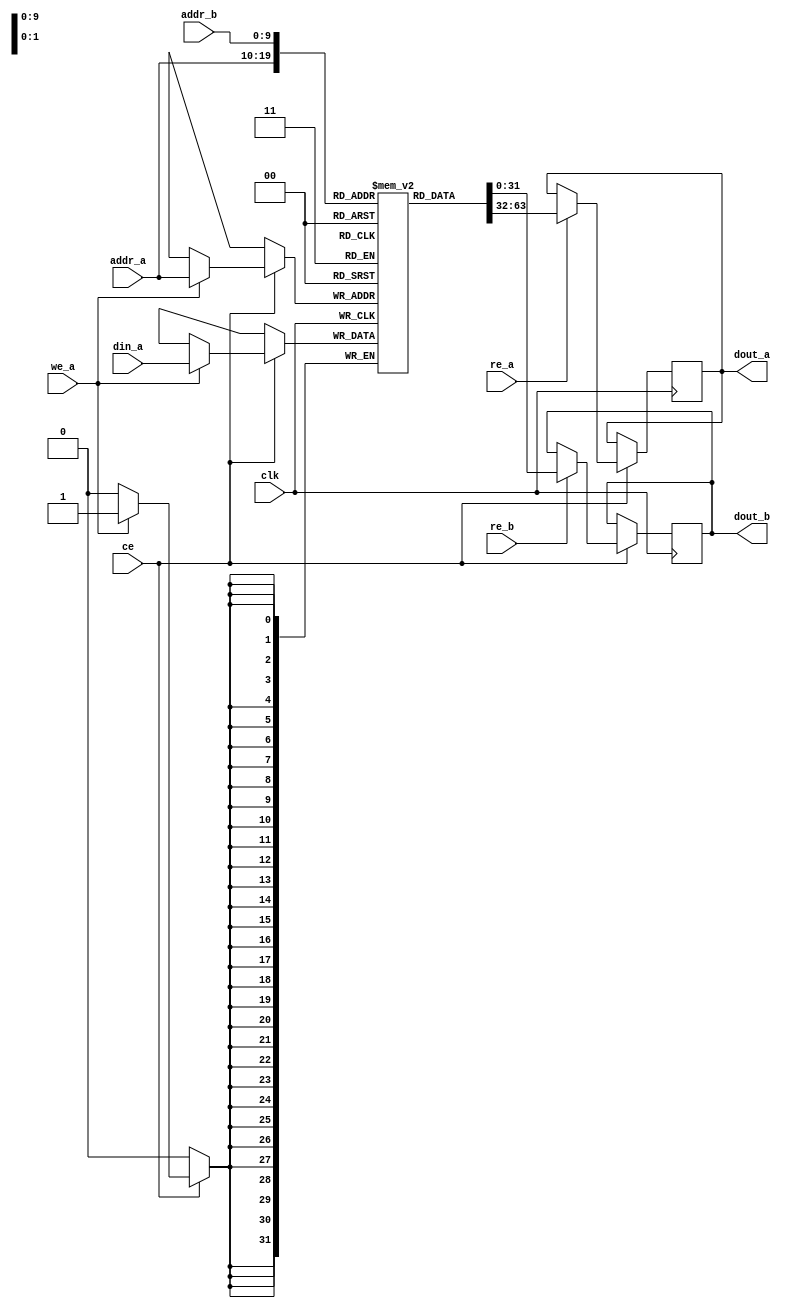
module dual_port_bram #(
    parameter ADDR_WIDTH = 10,  // Address width (for 1024 words)
    parameter DATA_WIDTH = 32    // Data width (32 bits)
)(
    input wire clk,               // Clock signal
    input wire ce,                // Chip Enable
    input wire we_a,              // Write Enable for Port A
    input wire re_a,              // Read Enable for Port A
    input wire [ADDR_WIDTH-1:0] addr_a, // Address for Port A
    input wire [DATA_WIDTH-1:0] din_a,  // Data input for Port A
    output reg [DATA_WIDTH-1:0] dout_a,  // Data output for Port A
    
    input wire re_b,              // Read Enable for Port B
    input wire [ADDR_WIDTH-1:0] addr_b, // Address for Port B
    output reg [DATA_WIDTH-1:0] dout_b   // Data output for Port B
);

    // Memory array declaration
    reg [DATA_WIDTH-1:0] ram [(2**ADDR_WIDTH)-1:0];

    // Port A functionality
    always @(posedge clk) begin
        if (ce) begin
            // Write operation for Port A
            if (we_a) begin
                ram[addr_a] <= din_a;
            end
            
            // Read operation for Port A
            if (re_a) begin
                dout_a <= ram[addr_a];
            end
        end
    end

    // Port B functionality
    always @(posedge clk) begin
        if (ce) begin
            // Read operation for Port B
            if (re_b) begin
                dout_b <= ram[addr_b];
            end
        end
    end

endmodule